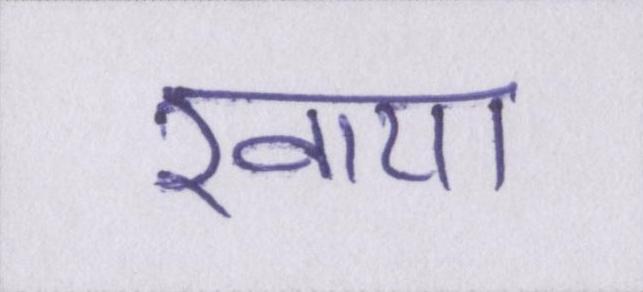
खाया